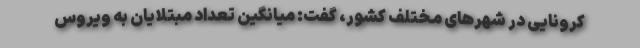
کرونایی در شهرهای مختلف کشور، گفت: میانگین تعداد مبتلایان به ویروس